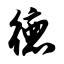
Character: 德